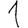
Digit: 1